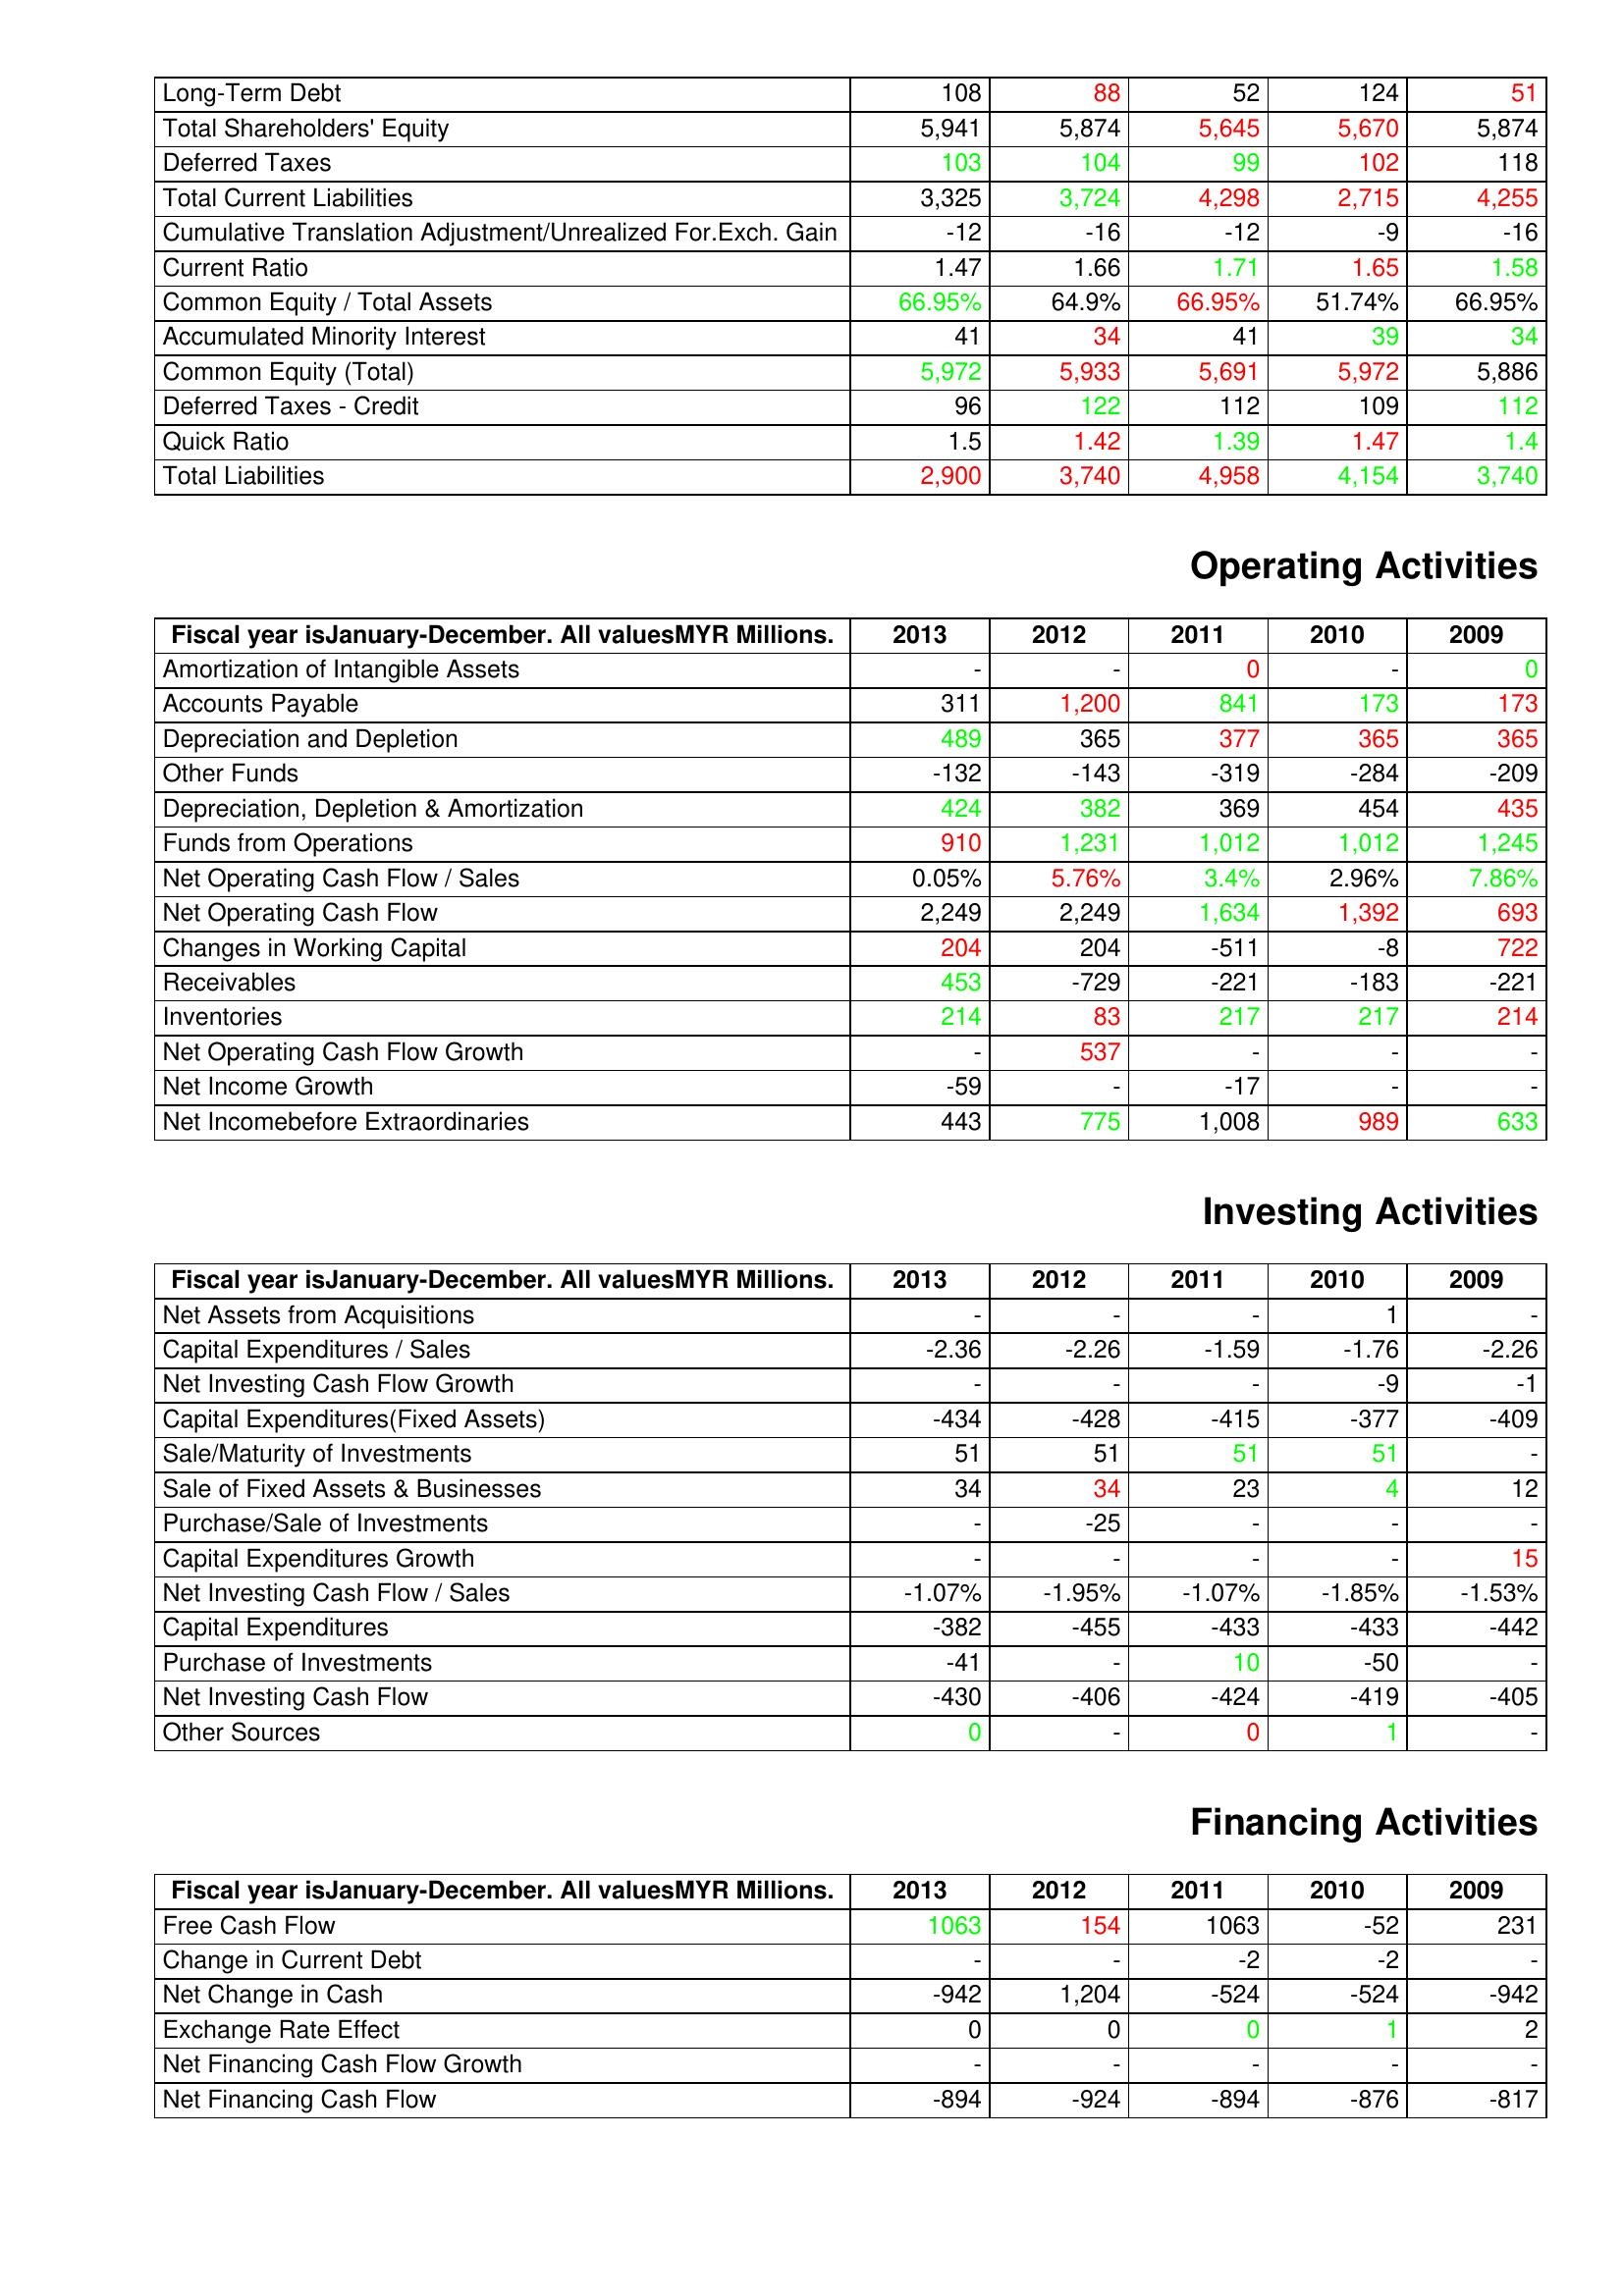
gt_parse: 2013: Liabilities & Shareholder's Equity: Long-Term Debt: 108
Total Shareholders' Equity: 5,941
Deferred Taxes: 103
Total Current Liabilities: 3,325
Cumulative Translation Adjustment/Unrealized For.Exch. Gain: -12
Current Ratio: 1.47
Common Equity / Total Assets: 66.95%
Accumulated Minority Interest: 41
Common Equity (Total): 5,972
Deferred Taxes - Credit: 96
Quick Ratio: 1.5
Total Liabilities: 2,900
Operating Activities: Amortization of Intangible Assets: -
Accounts Payable: 311
Depreciation and Depletion: 489
Other Funds: -132
Depreciation, Depletion & Amortization: 424
Funds from Operations: 910
Net Operating Cash Flow / Sales: 0.05%
Net Operating Cash Flow: 2,249
Changes in Working Capital: 204
Receivables: 453
Inventories: 214
Net Operating Cash Flow Growth: -
Net Income Growth: -59
Net Incomebefore Extraordinaries: 443
Investing Activities: Net Assets from Acquisitions: -
Capital Expenditures / Sales: -2.36
Net Investing Cash Flow Growth: -
Capital Expenditures(Fixed Assets): -434
Sale/Maturity of Investments: 51
Sale of Fixed Assets & Businesses: 34
Purchase/Sale of Investments: -
Capital Expenditures Growth: -
Net Investing Cash Flow / Sales: -1.07%
Capital Expenditures: -382
Purchase of Investments: -41
Net Investing Cash Flow: -430
Other Sources: 0
Financing Activities: Free Cash Flow: 1063
Change in Current Debt: -
Net Change in Cash: -942
Exchange Rate Effect: 0
Net Financing Cash Flow Growth: -
Net Financing Cash Flow: -894
2012: Liabilities & Shareholder's Equity: Long-Term Debt: 88
Total Shareholders' Equity: 5,874
Deferred Taxes: 104
Total Current Liabilities: 3,724
Cumulative Translation Adjustment/Unrealized For.Exch. Gain: -16
Current Ratio: 1.66
Common Equity / Total Assets: 64.9%
Accumulated Minority Interest: 34
Common Equity (Total): 5,933
Deferred Taxes - Credit: 122
Quick Ratio: 1.42
Total Liabilities: 3,740
Operating Activities: Amortization of Intangible Assets: -
Accounts Payable: 1,200
Depreciation and Depletion: 365
Other Funds: -143
Depreciation, Depletion & Amortization: 382
Funds from Operations: 1,231
Net Operating Cash Flow / Sales: 5.76%
Net Operating Cash Flow: 2,249
Changes in Working Capital: 204
Receivables: -729
Inventories: 83
Net Operating Cash Flow Growth: 537
Net Income Growth: -
Net Incomebefore Extraordinaries: 775
Investing Activities: Net Assets from Acquisitions: -
Capital Expenditures / Sales: -2.26
Net Investing Cash Flow Growth: -
Capital Expenditures(Fixed Assets): -428
Sale/Maturity of Investments: 51
Sale of Fixed Assets & Businesses: 34
Purchase/Sale of Investments: -25
Capital Expenditures Growth: -
Net Investing Cash Flow / Sales: -1.95%
Capital Expenditures: -455
Purchase of Investments: -
Net Investing Cash Flow: -406
Other Sources: -
Financing Activities: Free Cash Flow: 154
Change in Current Debt: -
Net Change in Cash: 1,204
Exchange Rate Effect: 0
Net Financing Cash Flow Growth: -
Net Financing Cash Flow: -924
2011: Liabilities & Shareholder's Equity: Long-Term Debt: 52
Total Shareholders' Equity: 5,645
Deferred Taxes: 99
Total Current Liabilities: 4,298
Cumulative Translation Adjustment/Unrealized For.Exch. Gain: -12
Current Ratio: 1.71
Common Equity / Total Assets: 66.95%
Accumulated Minority Interest: 41
Common Equity (Total): 5,691
Deferred Taxes - Credit: 112
Quick Ratio: 1.39
Total Liabilities: 4,958
Operating Activities: Amortization of Intangible Assets: 0
Accounts Payable: 841
Depreciation and Depletion: 377
Other Funds: -319
Depreciation, Depletion & Amortization: 369
Funds from Operations: 1,012
Net Operating Cash Flow / Sales: 3.4%
Net Operating Cash Flow: 1,634
Changes in Working Capital: -511
Receivables: -221
Inventories: 217
Net Operating Cash Flow Growth: -
Net Income Growth: -17
Net Incomebefore Extraordinaries: 1,008
Investing Activities: Net Assets from Acquisitions: -
Capital Expenditures / Sales: -1.59
Net Investing Cash Flow Growth: -
Capital Expenditures(Fixed Assets): -415
Sale/Maturity of Investments: 51
Sale of Fixed Assets & Businesses: 23
Purchase/Sale of Investments: -
Capital Expenditures Growth: -
Net Investing Cash Flow / Sales: -1.07%
Capital Expenditures: -433
Purchase of Investments: 10
Net Investing Cash Flow: -424
Other Sources: 0
Financing Activities: Free Cash Flow: 1063
Change in Current Debt: -2
Net Change in Cash: -524
Exchange Rate Effect: 0
Net Financing Cash Flow Growth: -
Net Financing Cash Flow: -894
2010: Liabilities & Shareholder's Equity: Long-Term Debt: 124
Total Shareholders' Equity: 5,670
Deferred Taxes: 102
Total Current Liabilities: 2,715
Cumulative Translation Adjustment/Unrealized For.Exch. Gain: -9
Current Ratio: 1.65
Common Equity / Total Assets: 51.74%
Accumulated Minority Interest: 39
Common Equity (Total): 5,972
Deferred Taxes - Credit: 109
Quick Ratio: 1.47
Total Liabilities: 4,154
Operating Activities: Amortization of Intangible Assets: -
Accounts Payable: 173
Depreciation and Depletion: 365
Other Funds: -284
Depreciation, Depletion & Amortization: 454
Funds from Operations: 1,012
Net Operating Cash Flow / Sales: 2.96%
Net Operating Cash Flow: 1,392
Changes in Working Capital: -8
Receivables: -183
Inventories: 217
Net Operating Cash Flow Growth: -
Net Income Growth: -
Net Incomebefore Extraordinaries: 989
Investing Activities: Net Assets from Acquisitions: 1
Capital Expenditures / Sales: -1.76
Net Investing Cash Flow Growth: -9
Capital Expenditures(Fixed Assets): -377
Sale/Maturity of Investments: 51
Sale of Fixed Assets & Businesses: 4
Purchase/Sale of Investments: -
Capital Expenditures Growth: -
Net Investing Cash Flow / Sales: -1.85%
Capital Expenditures: -433
Purchase of Investments: -50
Net Investing Cash Flow: -419
Other Sources: 1
Financing Activities: Free Cash Flow: -52
Change in Current Debt: -2
Net Change in Cash: -524
Exchange Rate Effect: 1
Net Financing Cash Flow Growth: -
Net Financing Cash Flow: -876
2009: Liabilities & Shareholder's Equity: Long-Term Debt: 51
Total Shareholders' Equity: 5,874
Deferred Taxes: 118
Total Current Liabilities: 4,255
Cumulative Translation Adjustment/Unrealized For.Exch. Gain: -16
Current Ratio: 1.58
Common Equity / Total Assets: 66.95%
Accumulated Minority Interest: 34
Common Equity (Total): 5,886
Deferred Taxes - Credit: 112
Quick Ratio: 1.4
Total Liabilities: 3,740
Operating Activities: Amortization of Intangible Assets: 0
Accounts Payable: 173
Depreciation and Depletion: 365
Other Funds: -209
Depreciation, Depletion & Amortization: 435
Funds from Operations: 1,245
Net Operating Cash Flow / Sales: 7.86%
Net Operating Cash Flow: 693
Changes in Working Capital: 722
Receivables: -221
Inventories: 214
Net Operating Cash Flow Growth: -
Net Income Growth: -
Net Incomebefore Extraordinaries: 633
Investing Activities: Net Assets from Acquisitions: -
Capital Expenditures / Sales: -2.26
Net Investing Cash Flow Growth: -1
Capital Expenditures(Fixed Assets): -409
Sale/Maturity of Investments: -
Sale of Fixed Assets & Businesses: 12
Purchase/Sale of Investments: -
Capital Expenditures Growth: 15
Net Investing Cash Flow / Sales: -1.53%
Capital Expenditures: -442
Purchase of Investments: -
Net Investing Cash Flow: -405
Other Sources: -
Financing Activities: Free Cash Flow: 231
Change in Current Debt: -
Net Change in Cash: -942
Exchange Rate Effect: 2
Net Financing Cash Flow Growth: -
Net Financing Cash Flow: -817